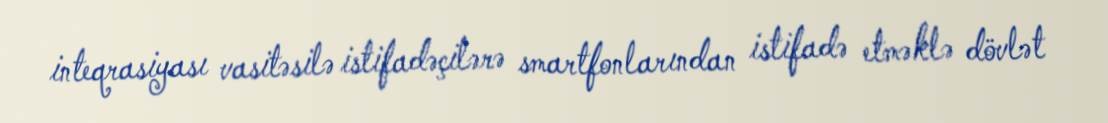
inteqrasiyası vasitəsilə istifadəçilərə smartfonlarından istifadə etməklə dövlət